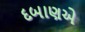
દબાણએ